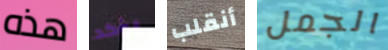
هذه يؤكد أنقلب الجمل